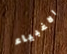
الاغبياء